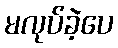
မလုပ်ခဲ့ပေ